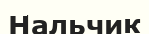
Нальчик